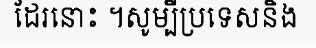
ដែរនោះ ។សូម្បីប្រទេសនិង